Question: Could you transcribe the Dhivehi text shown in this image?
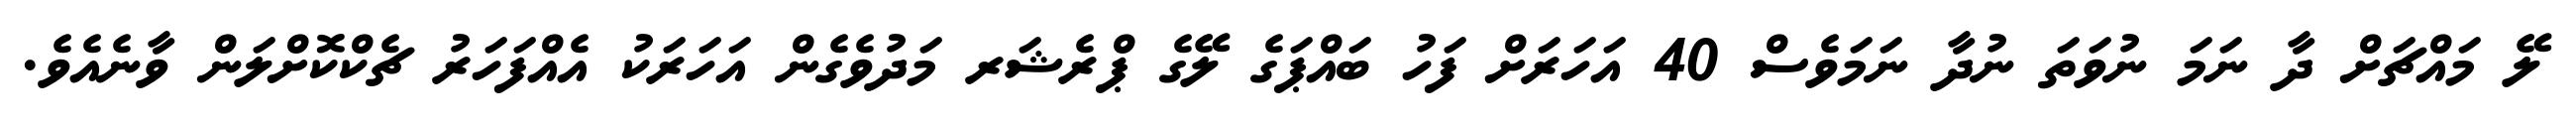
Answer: ލޭ މައްޗަށް ދާ ނަމަ ނުވަތަ ނުދާ ނަމަވެސް 40 އަހަރަށް ފަހު ބައްޕަގެ ލޭގެ ޕްރެޝަރ މަދުވެގެން އަހަރަކު އެއްފަހަރު ޗެކްކޮށްލަން ވާނެއެވެ.